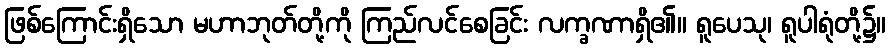
ဖြစ်ကြောင်းရှိသော မဟာဘုတ်တို့ကို ကြည်လင်စေခြင်း လက္ခဏာရှိ၏။ ရူပေသု၊ ရူပါရုံတို့၌။